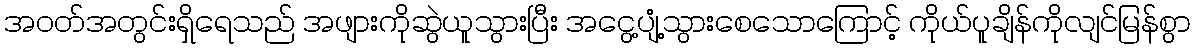
အဝတ်အတွင်းရှိရေသည် အဖျားကိုဆွဲယူသွားပြီး အငွေ့ပျံ့သွားစေသောကြောင့် ကိုယ်ပူချိန်ကိုလျင်မြန်စွာ